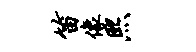
笛像熙